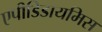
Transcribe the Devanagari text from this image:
एपीडिडायमिस